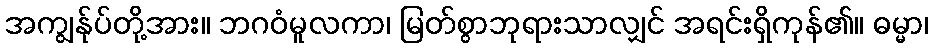
အကျွန်ုပ်တို့အား။ ဘဂဝံမူလကာ၊ မြတ်စွာဘုရားသာလျှင် အရင်းရှိကုန်၏။ ဓမ္မာ၊